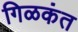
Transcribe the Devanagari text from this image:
गिळकंत